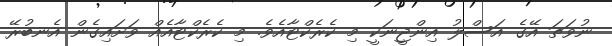
ނުވަތަ އޭގެ އަސްލު އިންޖީނަކީ މި ކެރެކްޓާއެވެ. މި ކެރެކްޓާއެއް ވަށައިގެން އެނބުރޭ